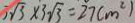
3 \sqrt { 3 } \times 3 \sqrt { 3 } = 2 7 ( m ^ { 2 } )